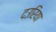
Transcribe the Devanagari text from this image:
दउरिया